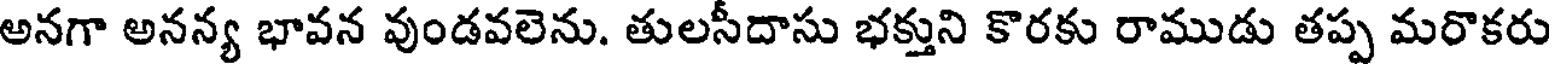
అనగా అనన్య భావన వుండవలెను. తులసీదాసు భక్తుని కొరకు రాముడు తప్ప మరొకరు